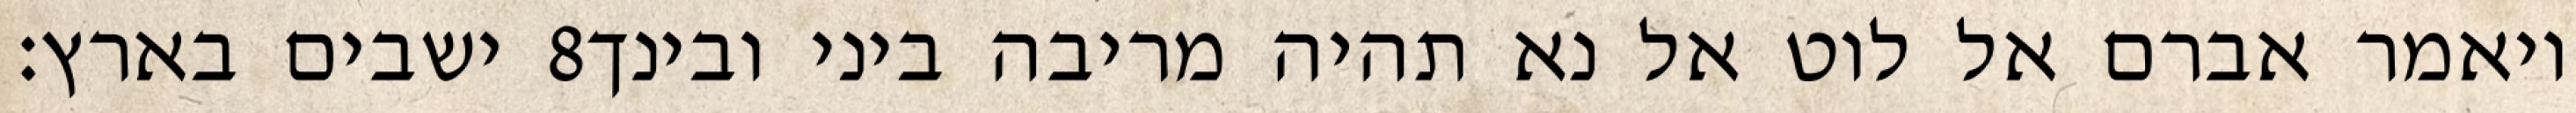
ישבים בארץ׃ ‎8‏ ויאמר אברם אל לוט אל נא תהיה מריבה ביני ובינך